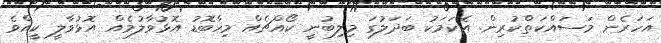
އަހަރެން މަސައްކަތްކުރިން. އެކަމަކު ބަދަލުގަ މިލިބުނީ ކޯއްޗެއް މިހާބޮޑު އޮޅުވާލުމެއް އޮޅުވާލީ ކީއްވެ